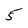
Character: 5